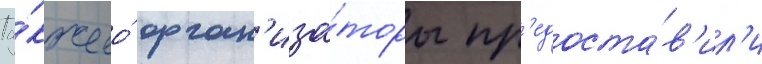
Та́кже ео́ орган'иза́торы пр'едоста́в'ил'и